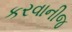
કરવાનીજ